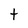
Character: t